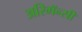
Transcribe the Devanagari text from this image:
अरिमॅन्सी